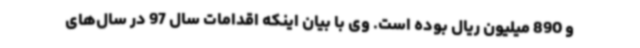
و 890 میلیون ریال بوده است. وی با بیان اینکه اقدامات سال 97 در سال‌های